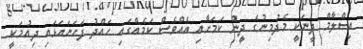
އިސްލާމް ދީނަކީ މެދުމިނުގެ ދީން ކަމަށާއި އެއްވެސް ކަމެއްގައި ހައްދު ފަހަނައަޅައި ދިއުމަކީ